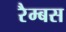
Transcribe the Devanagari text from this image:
रैम्बस